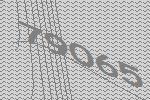
79065